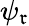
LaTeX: \psi_{\mathfrak{r}}